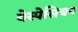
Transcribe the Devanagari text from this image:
वेस्पेसियन